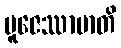
ပူဇေဿာမာတိ